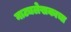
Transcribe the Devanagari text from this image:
नाट्यलेखकाचा